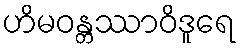
ဟိမဝန္တဿာဝိဒူရေ